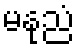
မနုညံ